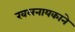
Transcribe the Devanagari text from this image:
खलनायकाने